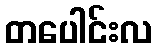
တပေါင်းလ